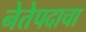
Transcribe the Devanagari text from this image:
नेतेपदाचा